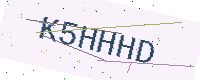
Text: K5HHHD